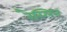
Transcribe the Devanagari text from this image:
रैस्लिन